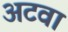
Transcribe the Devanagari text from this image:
अटवा